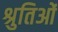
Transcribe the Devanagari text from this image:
श्रुतिओं